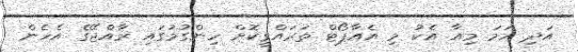
އަދި ހަމަ މިއާ އެކު މި އެއާޕޯޓް ތަރައްގީކޮށް ހިންގުމުގައި ރާއްޖޭގެ އެހެން